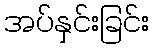
အပ်နှင်းခြင်း